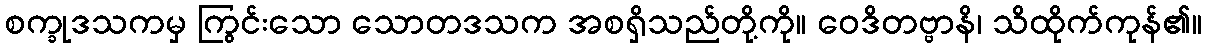
စက္ခုဒသကမှ ကြွင်းသော သောတဒသက အစရှိသည်တို့ကို။ ဝေဒိတဗ္ဗာနိ၊ သိထိုက်ကုန်၏။